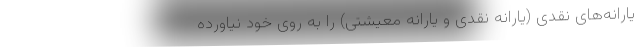
یارانه‌های نقدی (یارانه نقدی و یارانه معیشتی) را به روی خود نیاورده